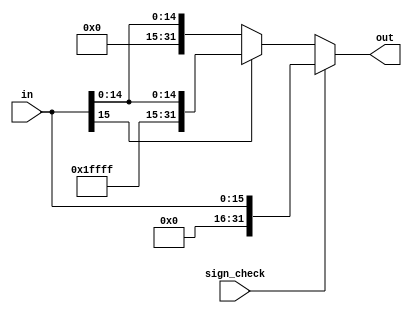
module sign_extender (in, out, sign_check);

  input sign_check;
  input [15:0] in;
  output reg [31:0] out;
  
  always @(*) begin

  if (sign_check) begin
    out = {16'b0000000000000000,in};
  end
  
  else begin
    out = (in[15] == 1) ? {16'b1111111111111111, in} : {16'b0000000000000000, in};
  end 
  end
endmodule